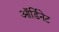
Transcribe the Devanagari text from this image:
ऑर्डिनेट